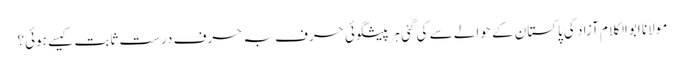
مولانا ابوالکلام آزاد کی پاکستان کے حوالے سے کی گئی ہرپیشگوئی حرف بہ حرف درست ثابت کیسے ہوئی؟